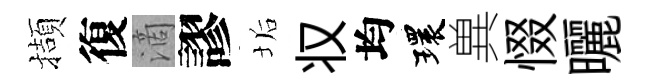
擷復滴謬垢𠬧均環兾惙曬